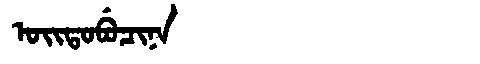
Manchu: ᠣᡳᡨᠣᠪᡠᠴᡳᠨᠠ
Romanization: OITOBUCINA